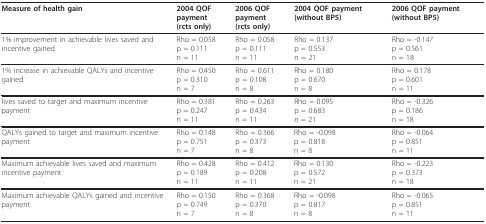
<table><thead><tr><td><b>Measure of health gain</b></td><td><b>2004 QOF payment(rcts only)</b></td><td><b>2006 QOF payment(rcts only)</b></td><td><b>2004 QOF payment (without BP5)</b></td><td><b>2006 QOF payment (without BP5)</b></td></tr></thead><tbody><tr><td>1% improvement in achievable lives saved and incentive gained</td><td>Rho = 0.058p = 0.111n = 11</td><td>Rho = 0.058p = 0.111n = 11</td><td>Rho = 0.137p = 0.553n = 21</td><td>Rho = -0.147p = 0.561n = 18</td></tr><tr><td>1% increase in achievable QALYs and incentive gained</td><td>Rho = 0.450p = 0.310n = 7</td><td>Rho = 0.611p = 0.108n = 8</td><td>Rho = 0.180p = 0.670n = 8</td><td>Rho = 0.178p = 0.601n = 11</td></tr><tr><td>lives saved to target and maximum incentive payment</td><td>Rho = 0.381p = 0.247n = 11</td><td>Rho = 0.263p = 0.434n = 11</td><td>Rho = 0.095p = 0.683n = 21</td><td>Rho = -0.326p = 0.186n = 18</td></tr><tr><td>QALYs gained to target and maximum incentive payment</td><td>Rho = 0.148p = 0.751n = 7</td><td>Rho = 0.366p = 0.373n = 8</td><td>Rho = -0.098p = 0.818n = 8</td><td>Rho = -0.064p = 0.851n = 11</td></tr><tr><td>Maximum achievable lives saved and maximum incentive payment</td><td>Rho = 0.428p = 0.189n = 11</td><td>Rho = 0.412p = 0.208n = 11</td><td>Rho = 0.130p = 0.572n = 21</td><td>Rho = -0.223p = 0.373n = 18</td></tr><tr><td>Maximum achievable QALYs gained and incentive payment</td><td>Rho = 0.150p = 0.749n = 7</td><td>Rho = 0.368p = 0.370n = 8</td><td>Rho = -0.098p = 0.817n = 8</td><td>Rho = -0.065p = 0.851n = 11</td></tr></tbody></table>